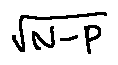
\sqrt { N - P }